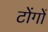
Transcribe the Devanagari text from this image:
टोंगों